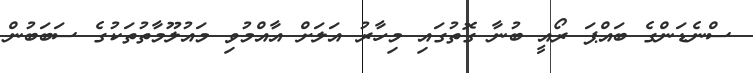
ސްނެޑަންގެ ބައްޕަ ރޯއީ ބުނާ ގޮތުގައި މިހާރު އަލަށް އާއްމުވި މައުލޫމާތުތަކުގެ ސަބަބުން